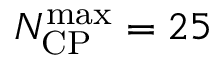
N _ { \mathrm { C P } } ^ { \mathrm { m a x } } = 2 5